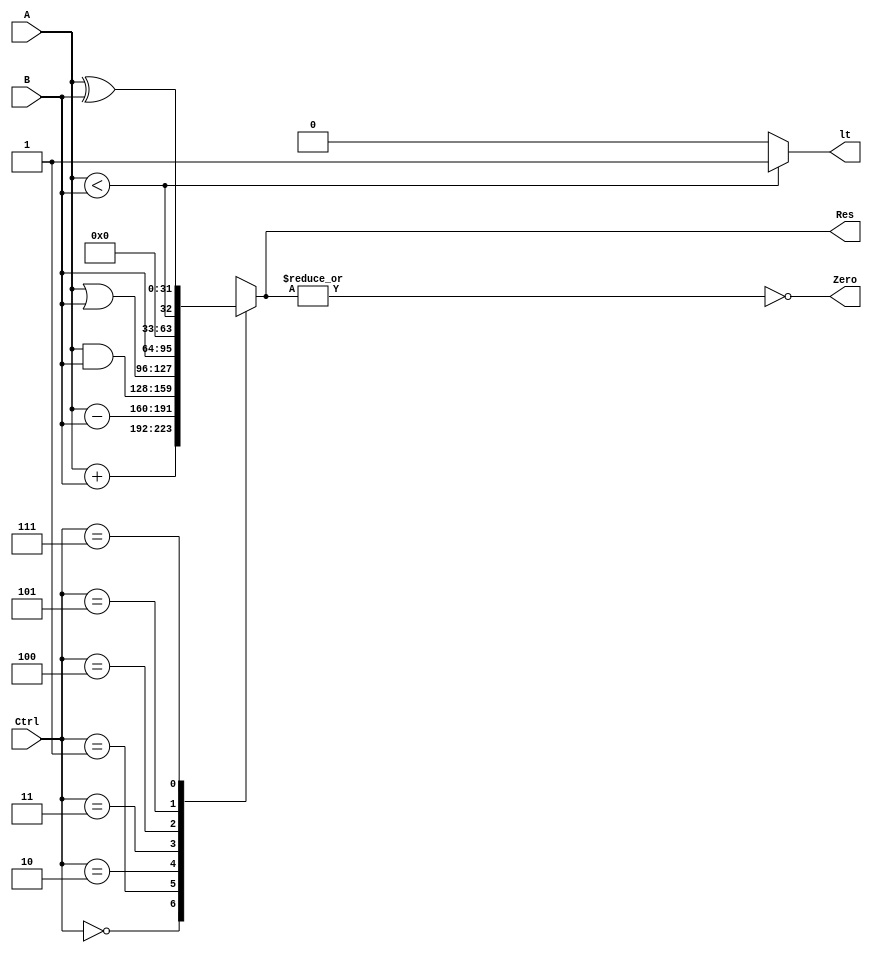
`define SUM 3'b000
`define SUB 3'b001
`define AND 3'b010
`define OR 3'b011
`define OR 3'b011
`define SRCB 3'b100
`define LT 3'b101
`define XOR 3'b111


module ALU(A, B, Ctrl, Res, Zero, lt);
	input signed [31:0] A, B;
	input [2:0] Ctrl;

	output reg signed [31:0] Res;
	output Zero;
	output lt;

	always @(A or B or Ctrl) begin
		case(Ctrl)
			`SUM: Res = A + B;
			`SUB: Res = A - B;
			`AND: Res = A & B;
			`OR: Res = A | B;
			`SRCB: Res = B;
			`LT: Res = (A < B);
			`XOR: Res = A^B;
			default: Res = 32'bx;
		endcase
	end

	assign Zero = ~( |(Res) );
	assign lt = (A < B) ? 1'b1 : 1'b0;

endmodule